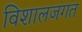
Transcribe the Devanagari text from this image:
विशालजगत